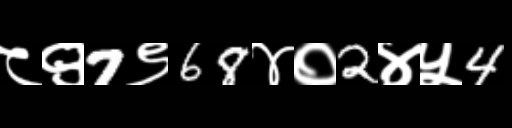
Text: ८९7९68४०2४५4